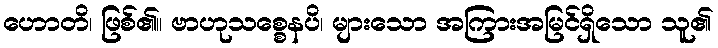
ဟောတိ၊ ဖြစ်၏။ ဗာဟုသစ္စေနပိ၊ များသော အကြားအမြင်ရှိသော သူ၏